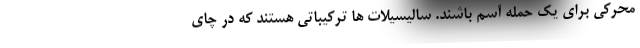
محرکی برای یک حمله آسم باشند. سالیسیلات ها ترکیباتی هستند که در چای